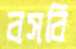
বসবি